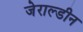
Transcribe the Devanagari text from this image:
जेराल्डीन